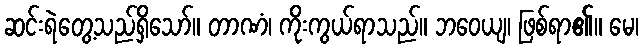
ဆင်းရဲတွေ့သည်ရှိသော်။ တာဏံ၊ ကိုးကွယ်ရာသည်။ ဘဝေယျ၊ ဖြစ်ရာ၏။ မေ၊